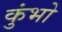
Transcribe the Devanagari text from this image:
कुंभो